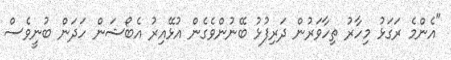
"އެންމެ ރަގަޅު މިހާރު ތިހާވަރުން ދަރިފުޅު ބޭނުންވެގެން އުޅޭއިރު އެބޯޝަން ހަދަން ބުނީވެސް